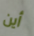
أين